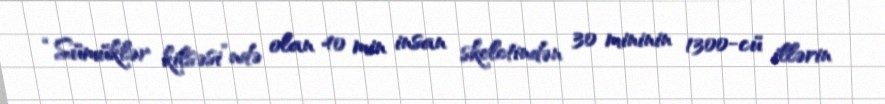
“Sümüklər kilsəsi”ndə olan 40 min insan skeletindən 30 mininin 1300-cü illərin